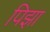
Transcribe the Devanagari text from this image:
पिझा